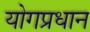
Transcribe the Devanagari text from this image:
योगप्रधान